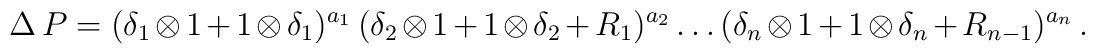
\Delta \, P = (\delta_1 \otimes 1 + 1 \otimes \delta_1)^{a_1} \, (\delta_2 \otimes 1 + 1 \otimes \delta_2 + R_1)^{a_2} \ldots (\delta_n \otimes 1 + 1 \otimes \delta_n + R_{n-1})^{a_n} \, .